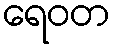
ရေဝတ